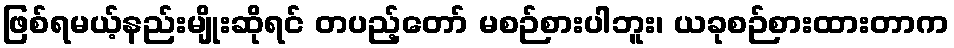
ဖြစ်ရမယ့်နည်းမျိုးဆိုရင် တပည့်တော် မစဉ်စားပါဘူး၊ ယခုစဉ်စားထားတာက